Insane asylums Bombay 1873-77 - 1873-1877
Year: 1873
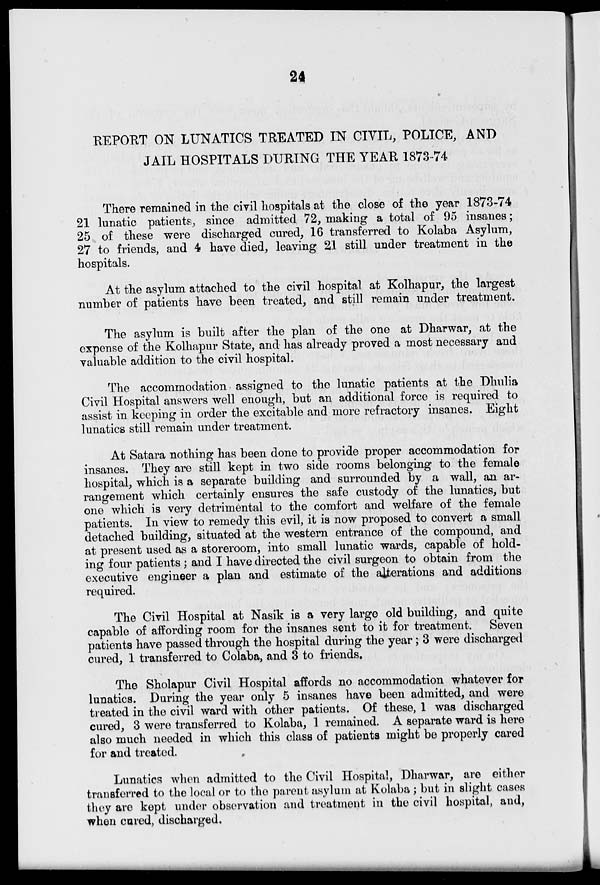
24
REPORT ON LUNATICS TREATED IN CIVIL, POLICE , AND
JAIL HOSPITALS DURING THE YEAR 1873-74
There remained in the civil hospitals at the close of the year 1873-74
21 lunatic patients, since admitted 72, making a total of 95 insanes;
25 of these were discharged cured, 16 transferred to Kolaba Asylum,
27 to friends, and 4 have died, leaving 21 still under treatment in the
hospitals.
At the asylum attached to the civil hospital at Kolhapur, the largest
number of patients have been treated, and still remain under treatment.
The asylum is built after the plan of the one at Dharwar, at the
expense of the Kolhapur State, and has already proved a most necessary and
valuable addition to the civil hospital.
The accommodation assigned to the lunatic patients at the Dhulia
Civil Hospital answers well enough, but an additional force is required to
assist in keeping in order the excitable and more refractory insanes. Eight
lunatics still remain under treatment.
At Satara nothing has been done to provide proper accommodation for
insanes. They are still kept in two side rooms belonging to the female
hospital, which is a separate building and surrounded by a wall, an ar-
rangement which certainly ensures the safe custody of the lunatics, but
one which is very detrimental to the comfort and welfare of the female
patients. In view to remedy this evil, it is now proposed to convert a small
detached building, situated at the western entrance of the compound, and
at present used as a storeroom, into small lunatic wards, capable of hold-
ing four patients; and I have directed the civil surgeon to obtain from the
executive engineer a plan and estimate of the alterations and additions
required.
The Civil Hospital at Nasik is a very large old building, and quite
capable of affording room for the insanes sent to it for treatment. Seven
patients have passed through the hospital during the year ; 3 were discharged
cured, 1 transferred to Colaba, and 3 to friends.
The Sholapur Civil Hospital affords no accommodation whatever for
lunatics. During the year only 5 insanes have been admitted, and were
treated in the civil ward with other patients. Of these, 1 was discharged
cured, 3 were transferred to Kolaba, 1 remained. A separate ward is here
also much needed in which this class of patients might be properly cared
for and treated.
Lunatics when admitted to the Civil Hospital, Dharwar, are either
transferred to the local or to the parent asylum at Kolaba; but in slight cases
they are kept under observation and treatment in the civil hospital, and,
when cured, discharged.